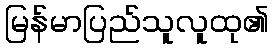
မြန်မာပြည်သူလူထု၏